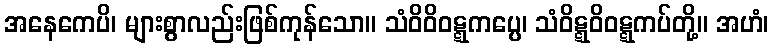
အနေကေပိ၊ များစွာလည်းဖြစ်ကုန်သော။ သံဝိဝိဝဋ္ဋကပ္ပေ၊ သံဝိဋ္ဋဝိဝဋ္ဋကပ်တို့။ အဟံ၊